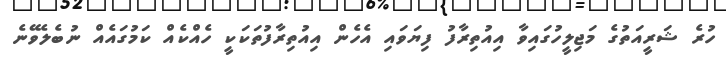
ހުރެ ޝަރީއަތުގެ މަޖިލީހުގައިވާ އިއުތިރާފު ފިޔަވައި އެހެން އިއުތިރާފުތަކަކީ ހެއްކެއް ކަމުގައެއް ނުބެލެވޭނެ